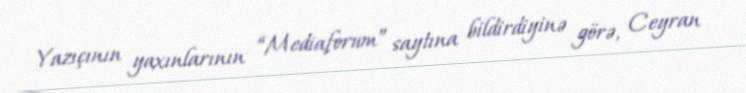
Yazıçının yaxınlarının “Mediaforum” saytına bildirdiyinə görə, Ceyran